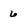
Character: 6